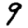
Digit: 9